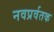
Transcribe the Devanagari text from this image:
नवप्रर्वतक